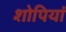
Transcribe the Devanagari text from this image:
शोपियां